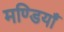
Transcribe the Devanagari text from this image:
मण्डियाँ